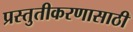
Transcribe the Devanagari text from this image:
प्रस्तुतीकरणासाठी